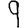
Digit: 9